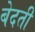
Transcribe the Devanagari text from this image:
बेदती